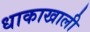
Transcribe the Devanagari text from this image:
धाकाखाली